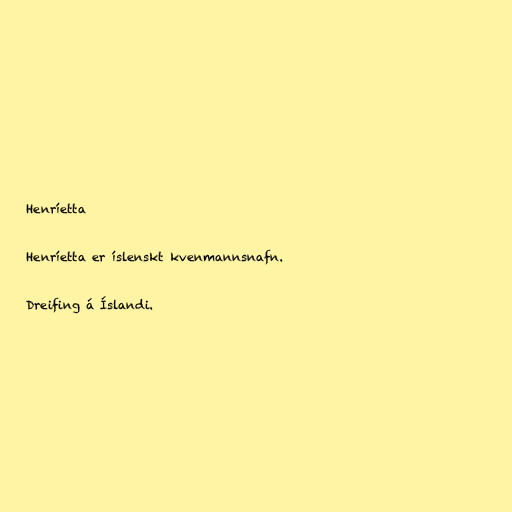
Henríetta

Henríetta er íslenskt kvenmannsnafn.

Dreifing á Íslandi.